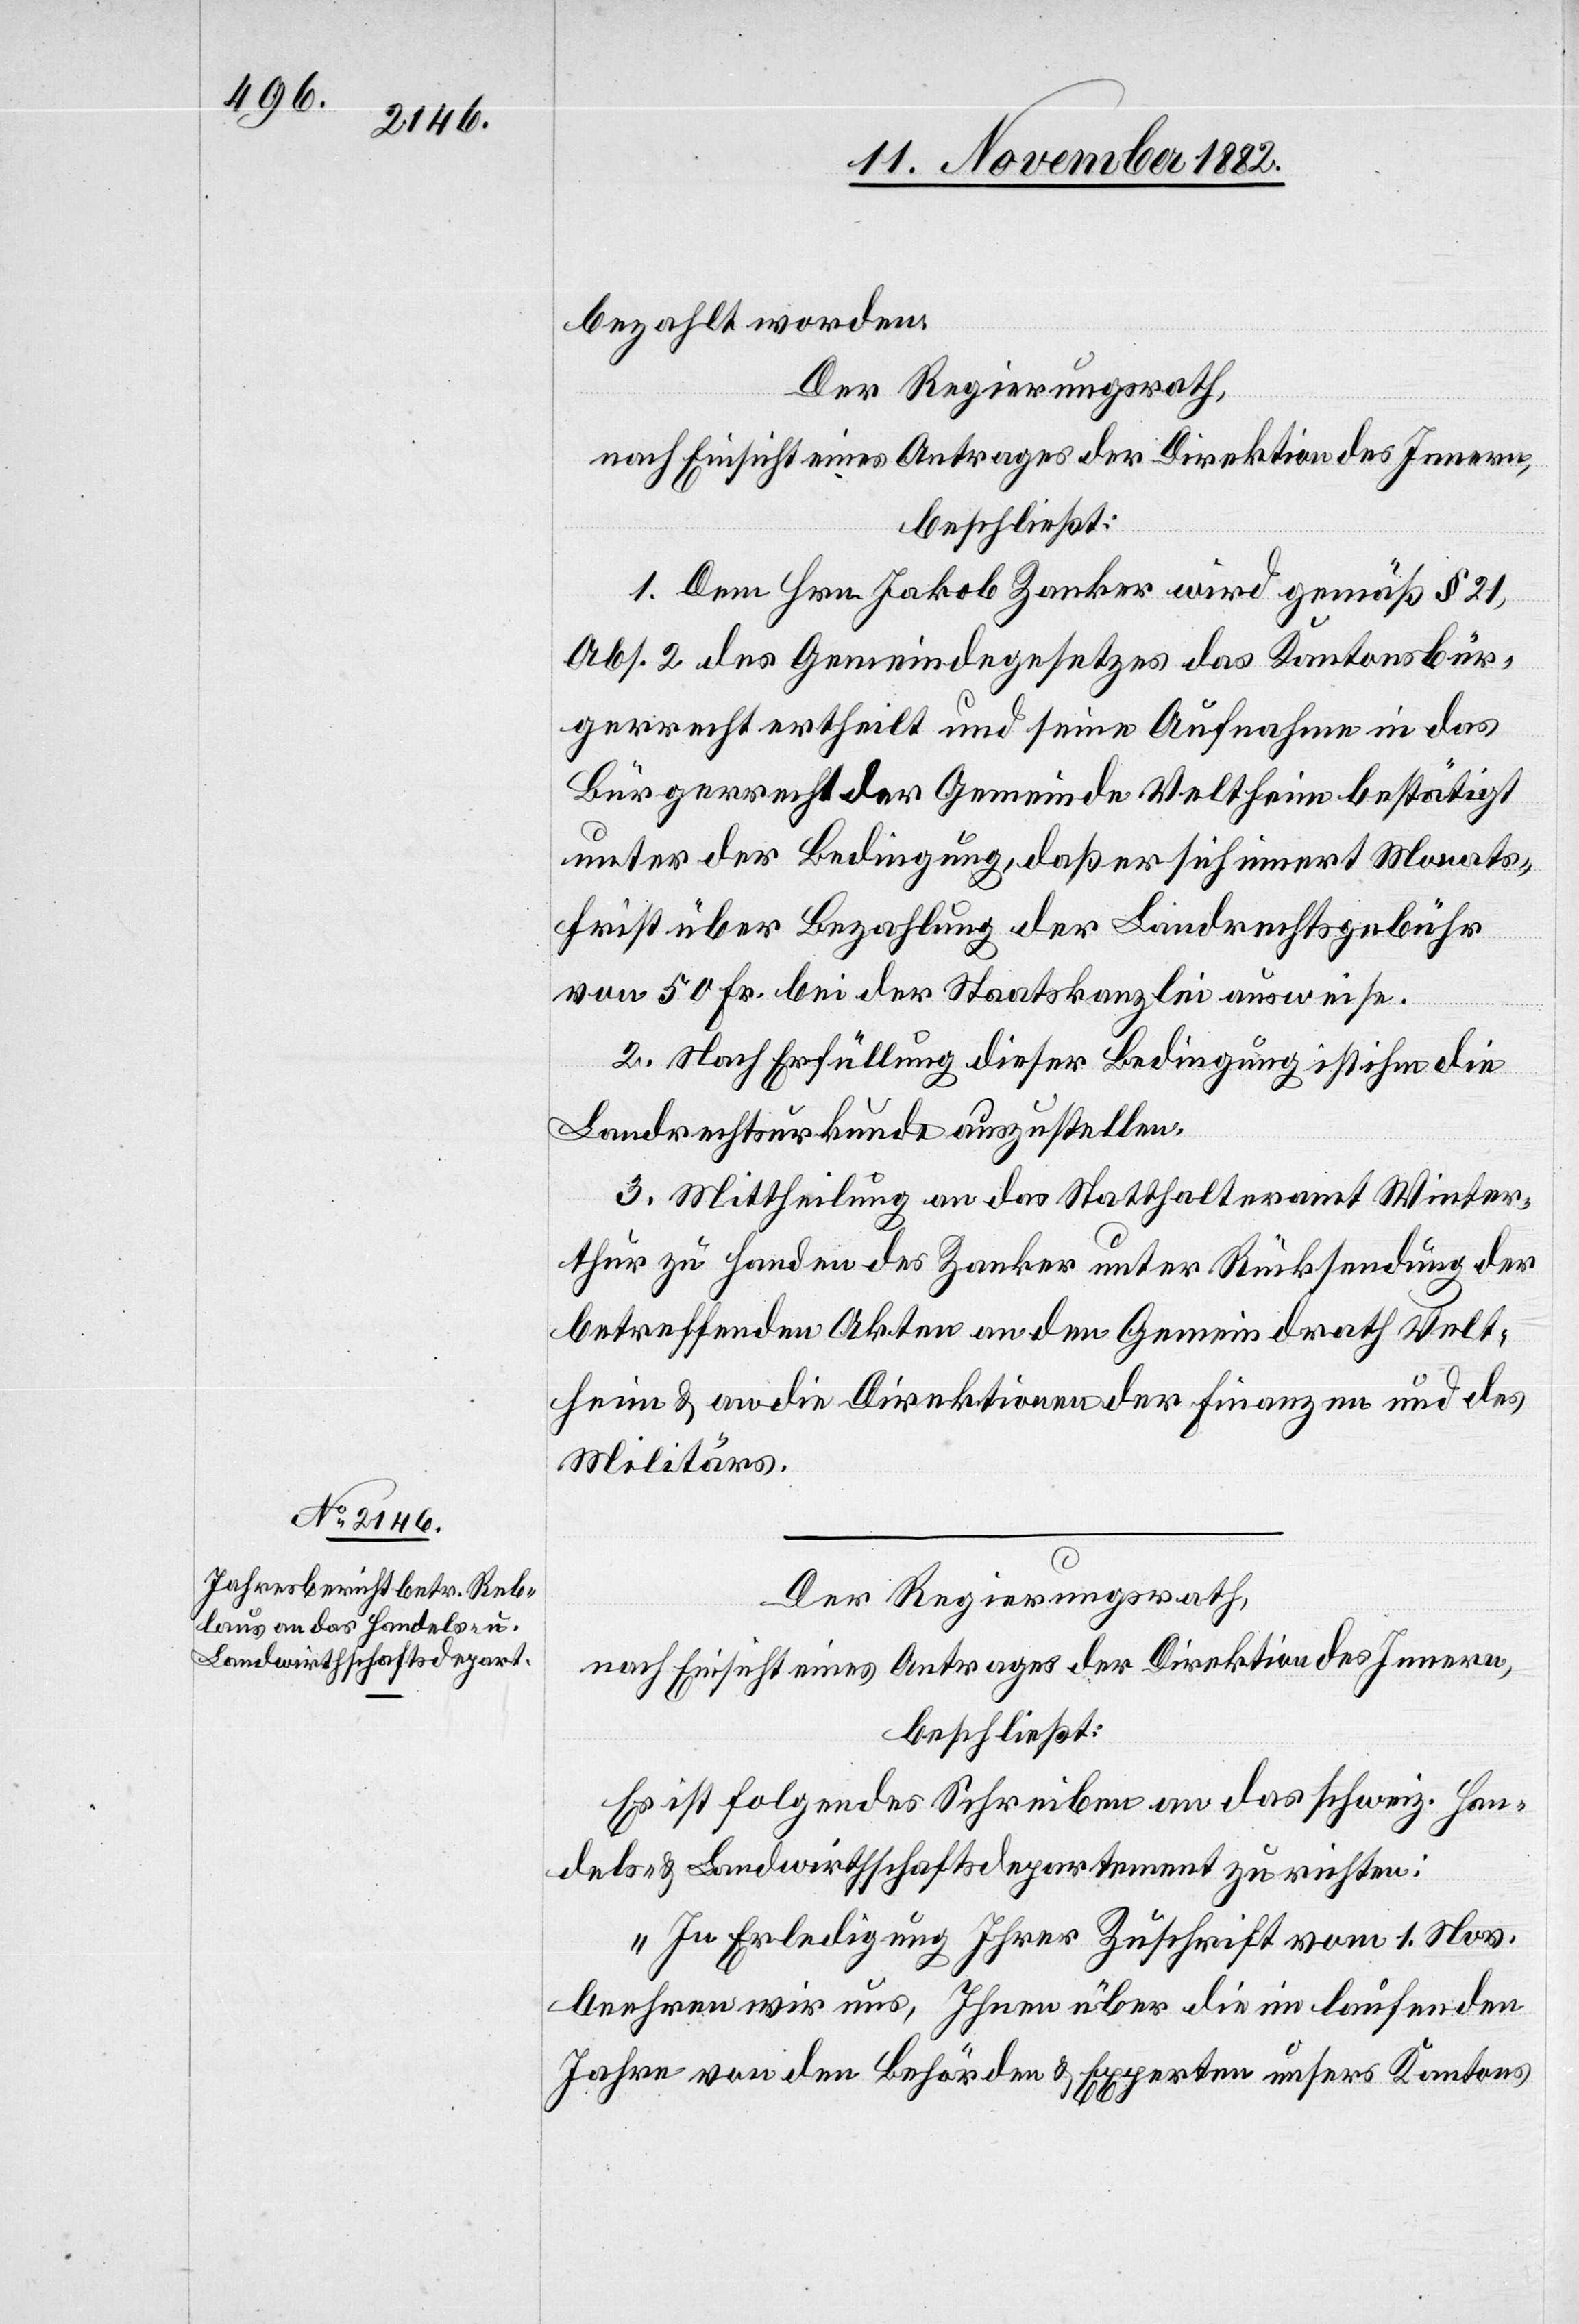
bezahlt worden.
Der Regierungsrath,
nach Einsicht eines Antrages der Direktion des Innern,
beschließt:
1. Dem Hrn. Jakob Zanker wird gemäß § 21,
Abs. 2 des Gemeindegesetzes das Kantonsbür¬
gerrecht ertheilt und seine Aufnahme in das
Bürgerrecht der Gemeinde Veltheim bestätigt
unter der Bedingung, daß er sich innert Monats¬
frist über Bezahlung der Landrechtsgebühr
von 50 Fr. bei der Staatskanzlei ausweise.
2. Nach Erfüllung dieser Bedingung ist ihm die
Landrechtsurkunde auszustellen.
3. Mittheilung an das Statthalteramt Winter¬
thur zu Handen des Zanker unter Rücksendung der
betreffenden Akten[,] an den Gemeindrath Velt¬
heim & an die Direktion der Finanzen und des
Militärs.
Der Regierungsrath,
nach Einsicht eines Antrages der Direktion des Innern,
beschließt:
Es ist folgendes Schreiben an das schweiz. Han¬
dels- & Landwirthschaftsdepartement zu richten:
„In Erledigung Ihrer Zuschrift vom 1. Nov.
beehren wir uns, Ihnen über die im laufenden
Jahre von den Behörden & Experten unsers Kantons